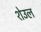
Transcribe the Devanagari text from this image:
शेउल